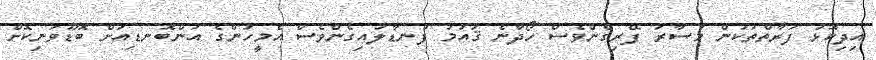
އިދިކޮޅު ފަރާތްތަކުން މުސާރަ ފޭރިގެންވެސް ހޯދާނެ ޤައުމު ފުނޑާލައިގެންވެސް އެމީހުންގެ އަންބޮނޑިއަށް ބޮޑޫވަނިކޮށް